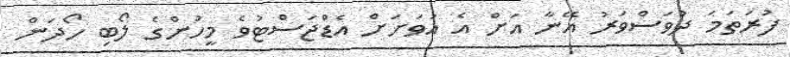
ފުރަތަމަ ދުވަސްވަރު އޭނާ އަށް އެ އަވަށަށް އެޑްޖަސްޓުވެ މީހުންގެ ލޯބި ހޯދަން